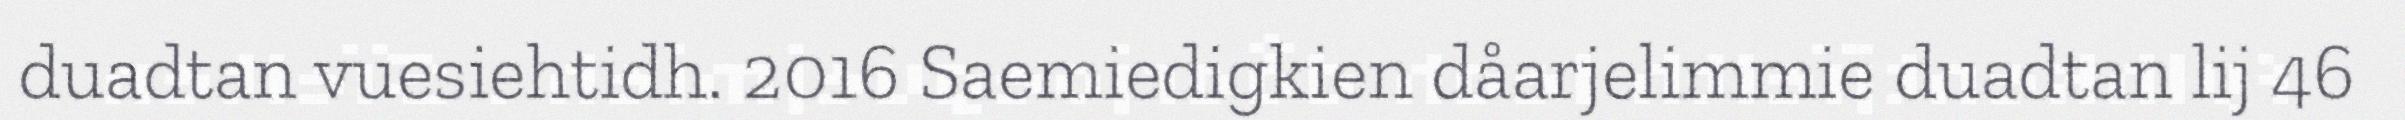
duadtan vuesiehtidh. 2016 Saemiedigkien dåarjelimmie duadtan lij 46